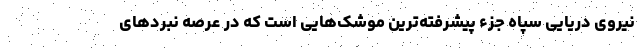
نیروی دریایی سپاه جزء پیشرفته‌ترین موشک‌هایی است که در عرصه نبرد‌های